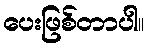
ပေးဖြစ်တာပါ။